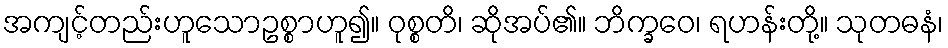
အကျင့်တည်းဟူသောဥစ္စာဟူ၍။ ဝုစ္စတိ၊ ဆိုအပ်၏။ ဘိက္ခဝေ၊ ရဟန်းတို့။ သုတဓနံ၊